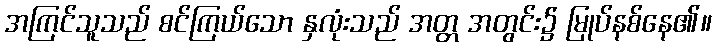
အကြင်သူသည် စင်ကြယ်သော နှလုံးသည် အတ္တ အတွင်း၌ မြုပ်နစ်နေ၏။